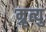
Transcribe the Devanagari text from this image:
म्रृत्यु